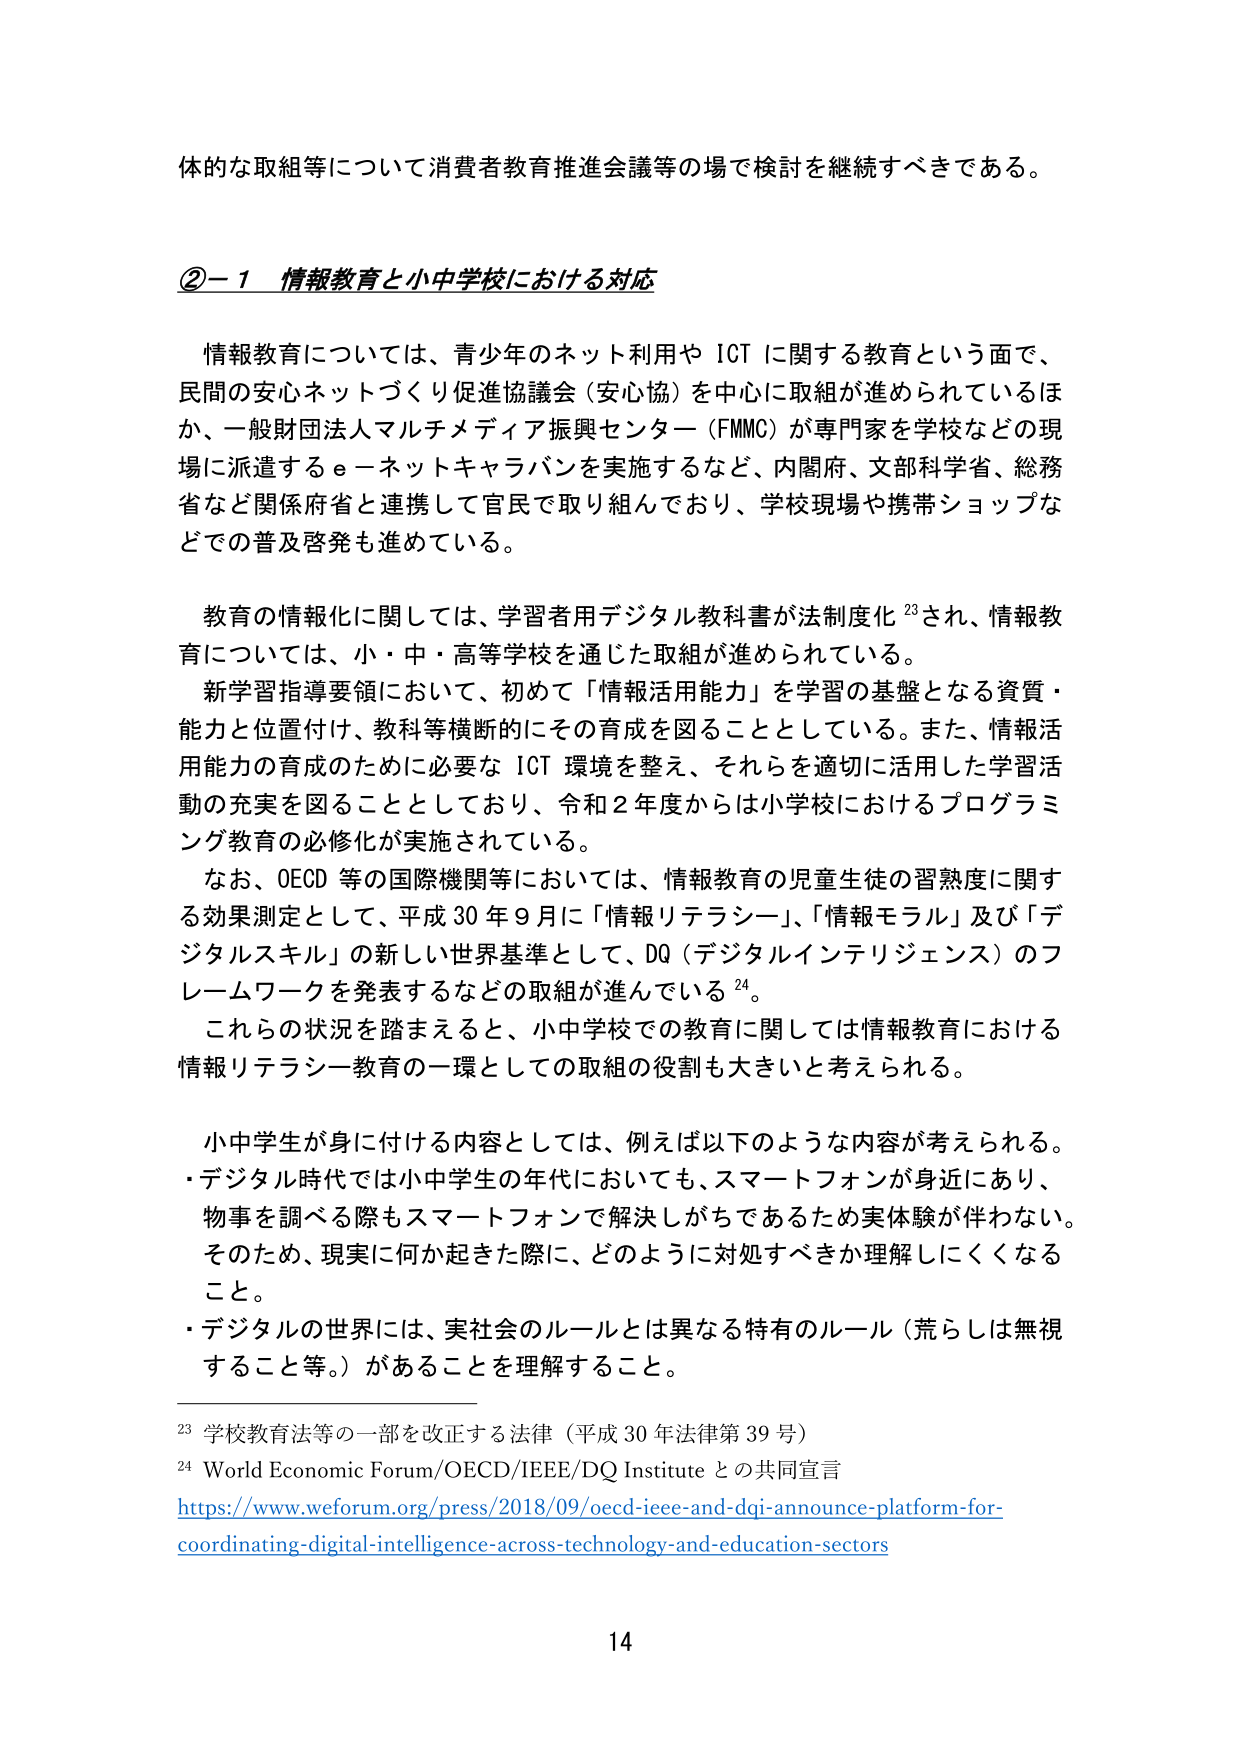
体的な取組等について消費者教育推進会議等の場で検討を継続すべきである。

②－１ 情報教育と小中学校における対応

情報教育については、青少年のネット利用や ICT に関する教育という面で、民間の安心ネットづくり促進協議会（安心協）を中心に取組が進められているほか、一般財団法人マルチメディア振興センター（FMMC）が専門家を学校などの現場に派遣するｅ－ネットキャラバンを実施するなど、内閣府、文部科学省、総務省など関係府省と連携して官民で取り組んでおり、学校現場や携帯ショップなどでの普及啓発も進めている。

教育の情報化に関しては、学習者用デジタル教科書が法制度化 23 され、情報教育については、小・中・高等学校を通じた取組が進められている。

新学習指導要領において、初めて「情報活用能力」を学習の基盤となる資質・能力と位置付け、教科等横断的にその育成を図ることとしている。また、情報活用能力の育成のために必要な ICT 環境を整え、それらを適切に活用した学習活動の充実を図ることとしており、令和２年度からは小学校におけるプログラミング教育の必修化が実施されている。

なお、OECD 等の国際機関等においては、情報教育の児童生徒の習熟度に関する効果測定として、平成 30 年 9 月に「情報リテラシー」、「情報モラル」及び「デジタルスキル」の新しい世界基準として、DQ（デジタルインテリジェンス）のフレームワークを発表するなどの取組が進んでいる 24。

これらの状況を踏まえると、小中学校での教育に関しては情報教育における情報リテラシー教育の一環としての取組の役割も大きいと考えられる。

小中学生が身に付ける内容としては、例えば以下のような内容が考えられる。
・デジタル時代では小中学生の年代においても、スマートフォンが身近にあり、物事を調べる際もスマートフォンで解決しがちであるため実体験が伴わない。そのため、現実に何か起きた際に、どのように対処すべきか理解しにくくなること。
・デジタルの世界には、実社会のルールとは異なる特有のルール（荒らしは無視すること等。）があることを理解すること。

23 学校教育法等の一部を改正する法律（平成 30 年法律第 39 号）
24 World Economic Forum/OECD/IEEE/DQ Institute との共同宣言
https://www.weforum.org/press/2018/09/oecd-ieee-and-dqi-announce-platform-for-coordinating-digital-intelligence-across-technology-and-education-sectors

14